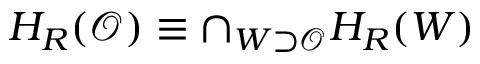
H _ { R } ( \mathcal { O } ) \equiv \cap _ { W \supset \mathcal { O } } H _ { R } ( W )